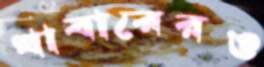
খাবারেরও